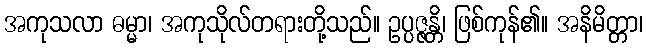
အကုသလာ ဓမ္မာ၊ အကုသိုလ်တရားတို့သည်။ ဥပ္ပဇ္ဇန္တိ၊ ဖြစ်ကုန်၏။ အနိမိတ္တာ၊